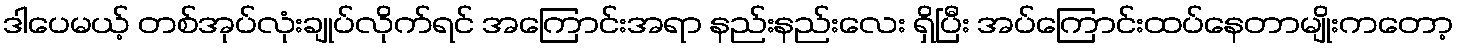
ဒါပေမယ့် တစ်အုပ်လုံးချုပ်လိုက်ရင် အကြောင်းအရာ နည်းနည်းလေး ရှိပြီး အပ်ကြောင်းထပ်နေတာမျိုးကတော့